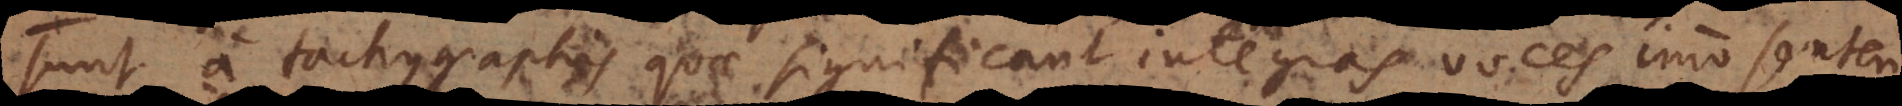
sunt a tachygraphis qu[i] significant integras voces, imo senten